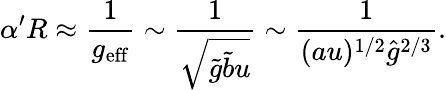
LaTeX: \alpha^{\prime}R\approx\frac{1}{g_{\mathrm{eff}}}\sim\frac{1}{\sqrt{\tilde{g}\tilde{b}u}}\sim\frac{1}{(au)^{1/2}{\hat{g}}^{2/3}}.